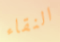
النقاء